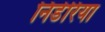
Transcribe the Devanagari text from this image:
निडेरिया